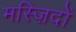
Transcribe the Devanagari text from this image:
मस्ज़िदों